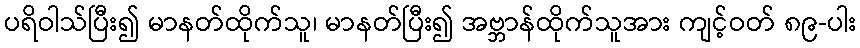
ပရိဝါသ်ပြီး၍ မာနတ်ထိုက်သူ၊ မာနတ်ပြီး၍ အဗ္ဘာန်ထိုက်သူအား ကျင့်ဝတ် ၈၉-ပါး